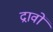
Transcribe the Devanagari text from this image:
द्रावों